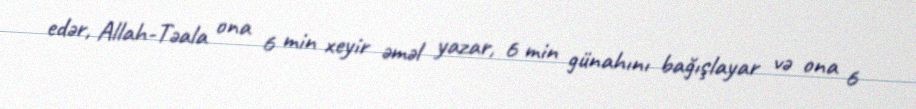
edər, Allah-Təala ona 6 min xeyir əməl yazar, 6 min günahını bağışlayar və ona 6